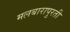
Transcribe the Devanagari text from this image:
मलबारापुरती